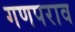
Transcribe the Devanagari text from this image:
गणपराव